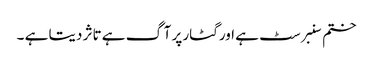
ختم سنبرسٹ ہے اور گٹار پر آگ ہے تاثر دیتا ہے ۔